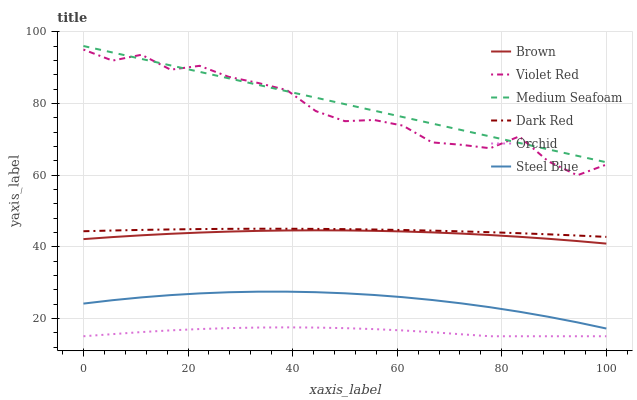
| xaxis_label | Brown | Violet Red | Medium Seafoam | Dark Red | Orchid | Steel Blue |
 | --- | --- | --- | --- | --- | --- | --- |
 | 0 | 42.1 | 95 | 96 | 44.3 | 15 | 24.1 |
 | 5.56 | 42.7 | 91.9 | 94.2 | 44.5 | 15.6 | 25.1 |
 | 11.1 | 43.2 | 93.6 | 92.4 | 44.7 | 16.2 | 25.9 |
 | 16.7 | 43.6 | 89.4 | 90.6 | 44.8 | 16.6 | 26.5 |
 | 22.2 | 43.9 | 90.5 | 88.8 | 44.9 | 17 | 27 |
 | 27.8 | 44.2 | 87.4 | 87 | 45 | 17.3 | 27.3 |
 | 33.3 | 44.4 | 85.7 | 85.2 | 45 | 17.4 | 27.4 |
 | 38.9 | 44.5 | 83.7 | 83.4 | 45 | 17.5 | 27.4 |
 | 44.4 | 44.6 | 77.8 | 81.6 | 45 | 17.4 | 27.3 |
 | 50 | 44.5 | 75 | 79.8 | 44.9 | 17.3 | 27 |
 | 55.6 | 44.4 | 75.4 | 78 | 44.8 | 17 | 26.5 |
 | 61.1 | 44.2 | 73.8 | 76.2 | 44.7 | 16.6 | 25.9 |
 | 66.7 | 44 | 69.1 | 74.4 | 44.5 | 16.1 | 25.1 |
 | 72.2 | 43.7 | 68.4 | 72.6 | 44.3 | 15.6 | 24.2 |
 | 77.8 | 43.2 | 67.5 | 70.8 | 44 | 15 | 23.1 |
 | 83.3 | 42.8 | 70.8 | 69 | 43.8 | 15 | 21.8 |
 | 88.9 | 42.2 | 63.8 | 67.2 | 43.4 | 15 | 20.4 |
 | 94.4 | 41.6 | 59.9 | 65.4 | 43.1 | 15 | 18.9 |
 | 100 | 40.9 | 62.9 | 63.6 | 42.7 | 15 | 17.2 |